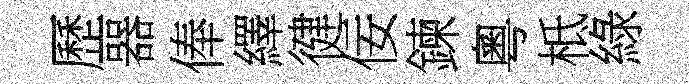
歷器俸繹徤佞鍊粵柢綠